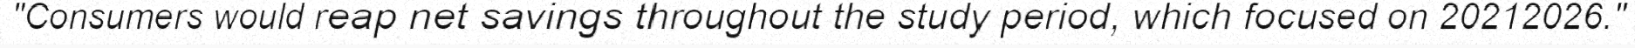
"Consumers would reap net savings throughout the study period, which focused on 20212026."